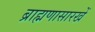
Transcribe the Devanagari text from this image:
ब्राह्मणासारखें